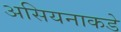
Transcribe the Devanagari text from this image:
असियनाकडे